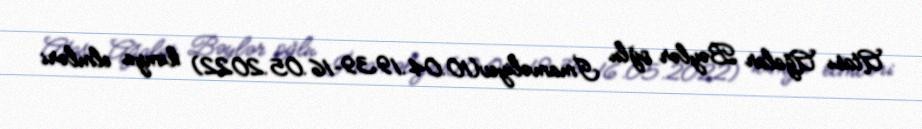
Atası Ağalar Bəylər oğlu İmaməliyev(10.04.1939–16.05.2022) kimya elmləri